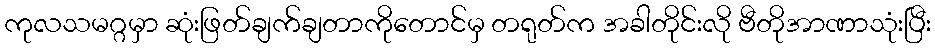
ကုလသမဂ္ဂမှာ ဆုံးဖြတ်ချက်ချတာကိုတောင်မှ တရုတ်က အခါတိုင်းလို ဗီတိုအာဏာသုံးပြီး